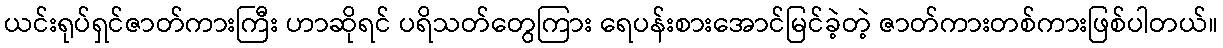
ယင်းရုပ်ရှင်ဇာတ်ကားကြီး ဟာဆိုရင် ပရိသတ်တွေကြား ရေပန်းစားအောင်မြင်ခဲ့တဲ့ ဇာတ်ကားတစ်ကားဖြစ်ပါတယ်။